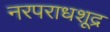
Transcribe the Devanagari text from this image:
नरपराधशूद्र